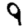
Digit: 9